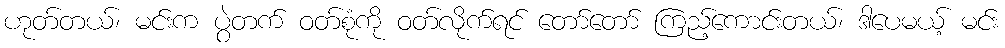
ဟုတ်တယ်၊ မင်းက ပွဲတက် ဝတ်စုံကို ဝတ်လိုက်ရင် တော်တော် ကြည့်ကောင်းတယ်၊ ဒါပေမယ့် မင်း